Lunatic asylums Punjab 1895-1910 - 1895-1910
Year: 1895
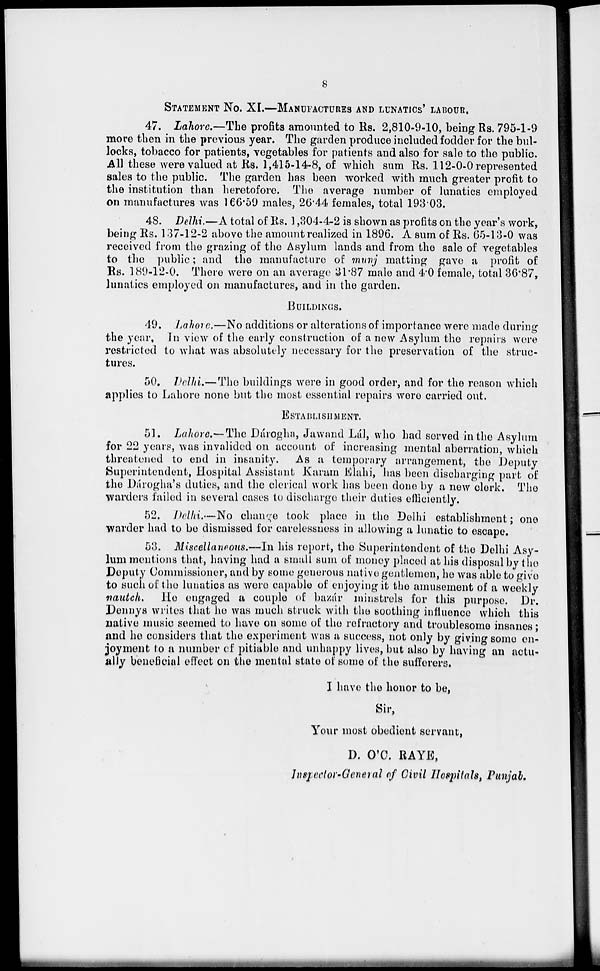
8
STATEMENT No. XI—MANUFACTURES AND LUNATICS' LABOUR.
47. Lahore.—The profits amounted to Rs. 2,810-9-10, being Rs. 795-1-9
more then in the previous year. The garden produce included fodder for the bul-
locks, tobacco for patients, vegetables for patients and also for sale to the public.
All these were valued at Rs. 1,415-14-8, of which sum Rs. 112-0-0 represented
sales to the public. The garden has been worked with much greater profit to
the institution than heretofore. The average number of lunatics employed
on manufactures was 166.59 males, 26.44 females, total 193.03.
48. Delhi.—A total of Rs. 1,304-4-2 is shown as profits on the year's work,
being Rs. 137-12-2 above the amount realized in 1896. A sum of Rs. 65-13-0 was
received from the grazing of the Asylum lands and from the sale of vegetables
to the public; and the manufacture of munj matting gave a profit of
Rs. 189-12-0. There were on an average 31.87 male and 4.0 female, total 36.87,
lunatics employed on manufactures, and in the garden.
BULIDINGS.
49. Lahore.—No additions or alterations of importance were made during
the year, In view of the early construction of a new Asylum the repairs were
restricted to what was absolutely necessary for the preservation of the struc-
tures.
50. Delhi.—The buildings were in good order, and for the reason which
applies to Lahore none but the most essential repairs were carried out.
ESTABLISHMENT.
51. Lahore.—-The Dárogha, Jawand Lál, who had served in the Asylum
for 22 years, was invalided on account of increasing mental aberration, which
threatened to end in insanity. As a temporary arrangement, the Deputy
Superintendent, Hospital Assistant Karam Elahi, has been discharging part of
the Dárogha's duties, and the clerical work has been done by a new clerk. The
warders failed in several cases to discharge their duties efficiently.
52. Delhi.—No change took place in the Delhi establishment; one
warder had to be dismissed for carelessness in allowing a lunatic to escape.
53. Miscellaneous.—In his report, the Superintendent of the Delhi Asy-
lum mentions that, having had a small sum of money placed at his disposal by the
Deputy Commissioner, and by some generous native gentlemen, he was able to give
to such of the lunatics as were capable of enjoying it the amusement of a weekly
nautch. He engaged a couple of bazár minstrels for this purpose. Dr.
Dennys writes that he was much struck with the soothing influence which this
native music seemed to have on some of the refractory and troublesome insanes;
and he considers that the experiment was a success, not only by giving some en-
joyment to a number of pitiable and unhappy lives, but also by having an actu-
ally beneficial effect on the mental state of some of the sufferers.
I have the honor to be,
Sir,
Your most obedient servant,
D. O'C. RAYE,
Inspector-General of Civil Hospitals, Punjab.